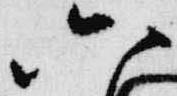
六